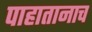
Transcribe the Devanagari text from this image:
पाहातानाच